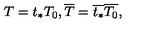
T = t _ { * } T _ { 0 } , \overline { { T } } = \overline { { t _ { * } } } \overline { { T _ { 0 } } } ,